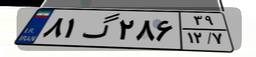
۰۰گ۱۰۸۴۳